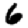
Digit: 6